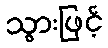
သွားဖြင့်